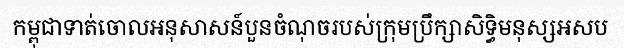
កម្ពុជាទាត់ចោលអនុសាសន៍បួនចំណុចរបស់ក្រុមប្រឹក្សាសិទ្ធិមនុស្សអសប